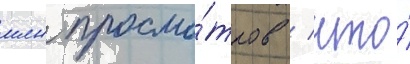
млн просмо́тров / что́